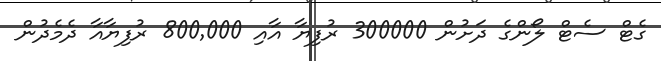
ގެޓް ސެޓް ލޯންގެ ދަށުން 300000 ރުފިޔާ އާއި 800